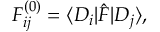
F _ { i j } ^ { ( 0 ) } = \langle D _ { i } | \hat { F } | D _ { j } \rangle ,